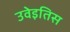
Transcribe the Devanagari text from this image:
उवेइतिस